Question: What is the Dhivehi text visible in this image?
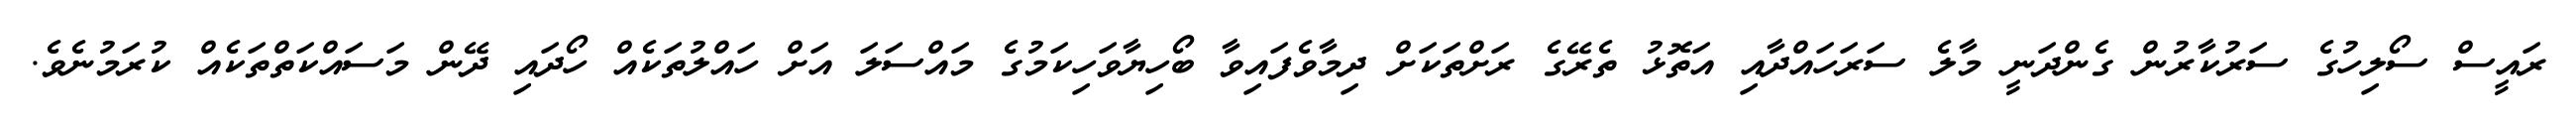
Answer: ރައީސް ސޯލިހުގެ ސަރުކާރުން ގެންދަނީ މާލެ ސަރަހައްދާއި އަތޮޅު ތެރޭގެ ރަށްތަކަށް ދިމާވެފައިވާ ބޯހިޔާވަހިކަމުގެ މައްސަލަ އަށް ހައްލުތަކެއް ހޯދައި ދޭން މަސައްކަތްތަކެއް ކުރަމުނެވެ.